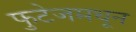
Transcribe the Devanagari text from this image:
फुटेजमधून